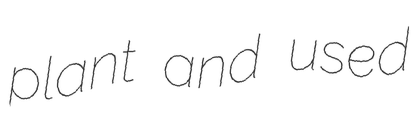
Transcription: plant and used